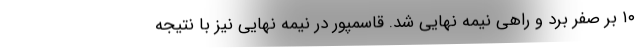
۱۰ بر صفر برد و راهی نیمه نهایی شد. قاسمپور در نیمه نهایی نیز با نتیجه